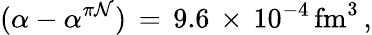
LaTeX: (\alpha-\alpha^{\pi\mathcal{N}})\, =\, 9.6\, \times\, 10^{-4}\, \mathrm{{fm}}^{3}\, ,